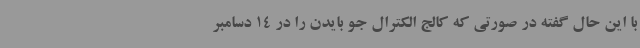
با این حال گفته در صورتی که کالج الکترال جو بایدن را در 14 دسامبر